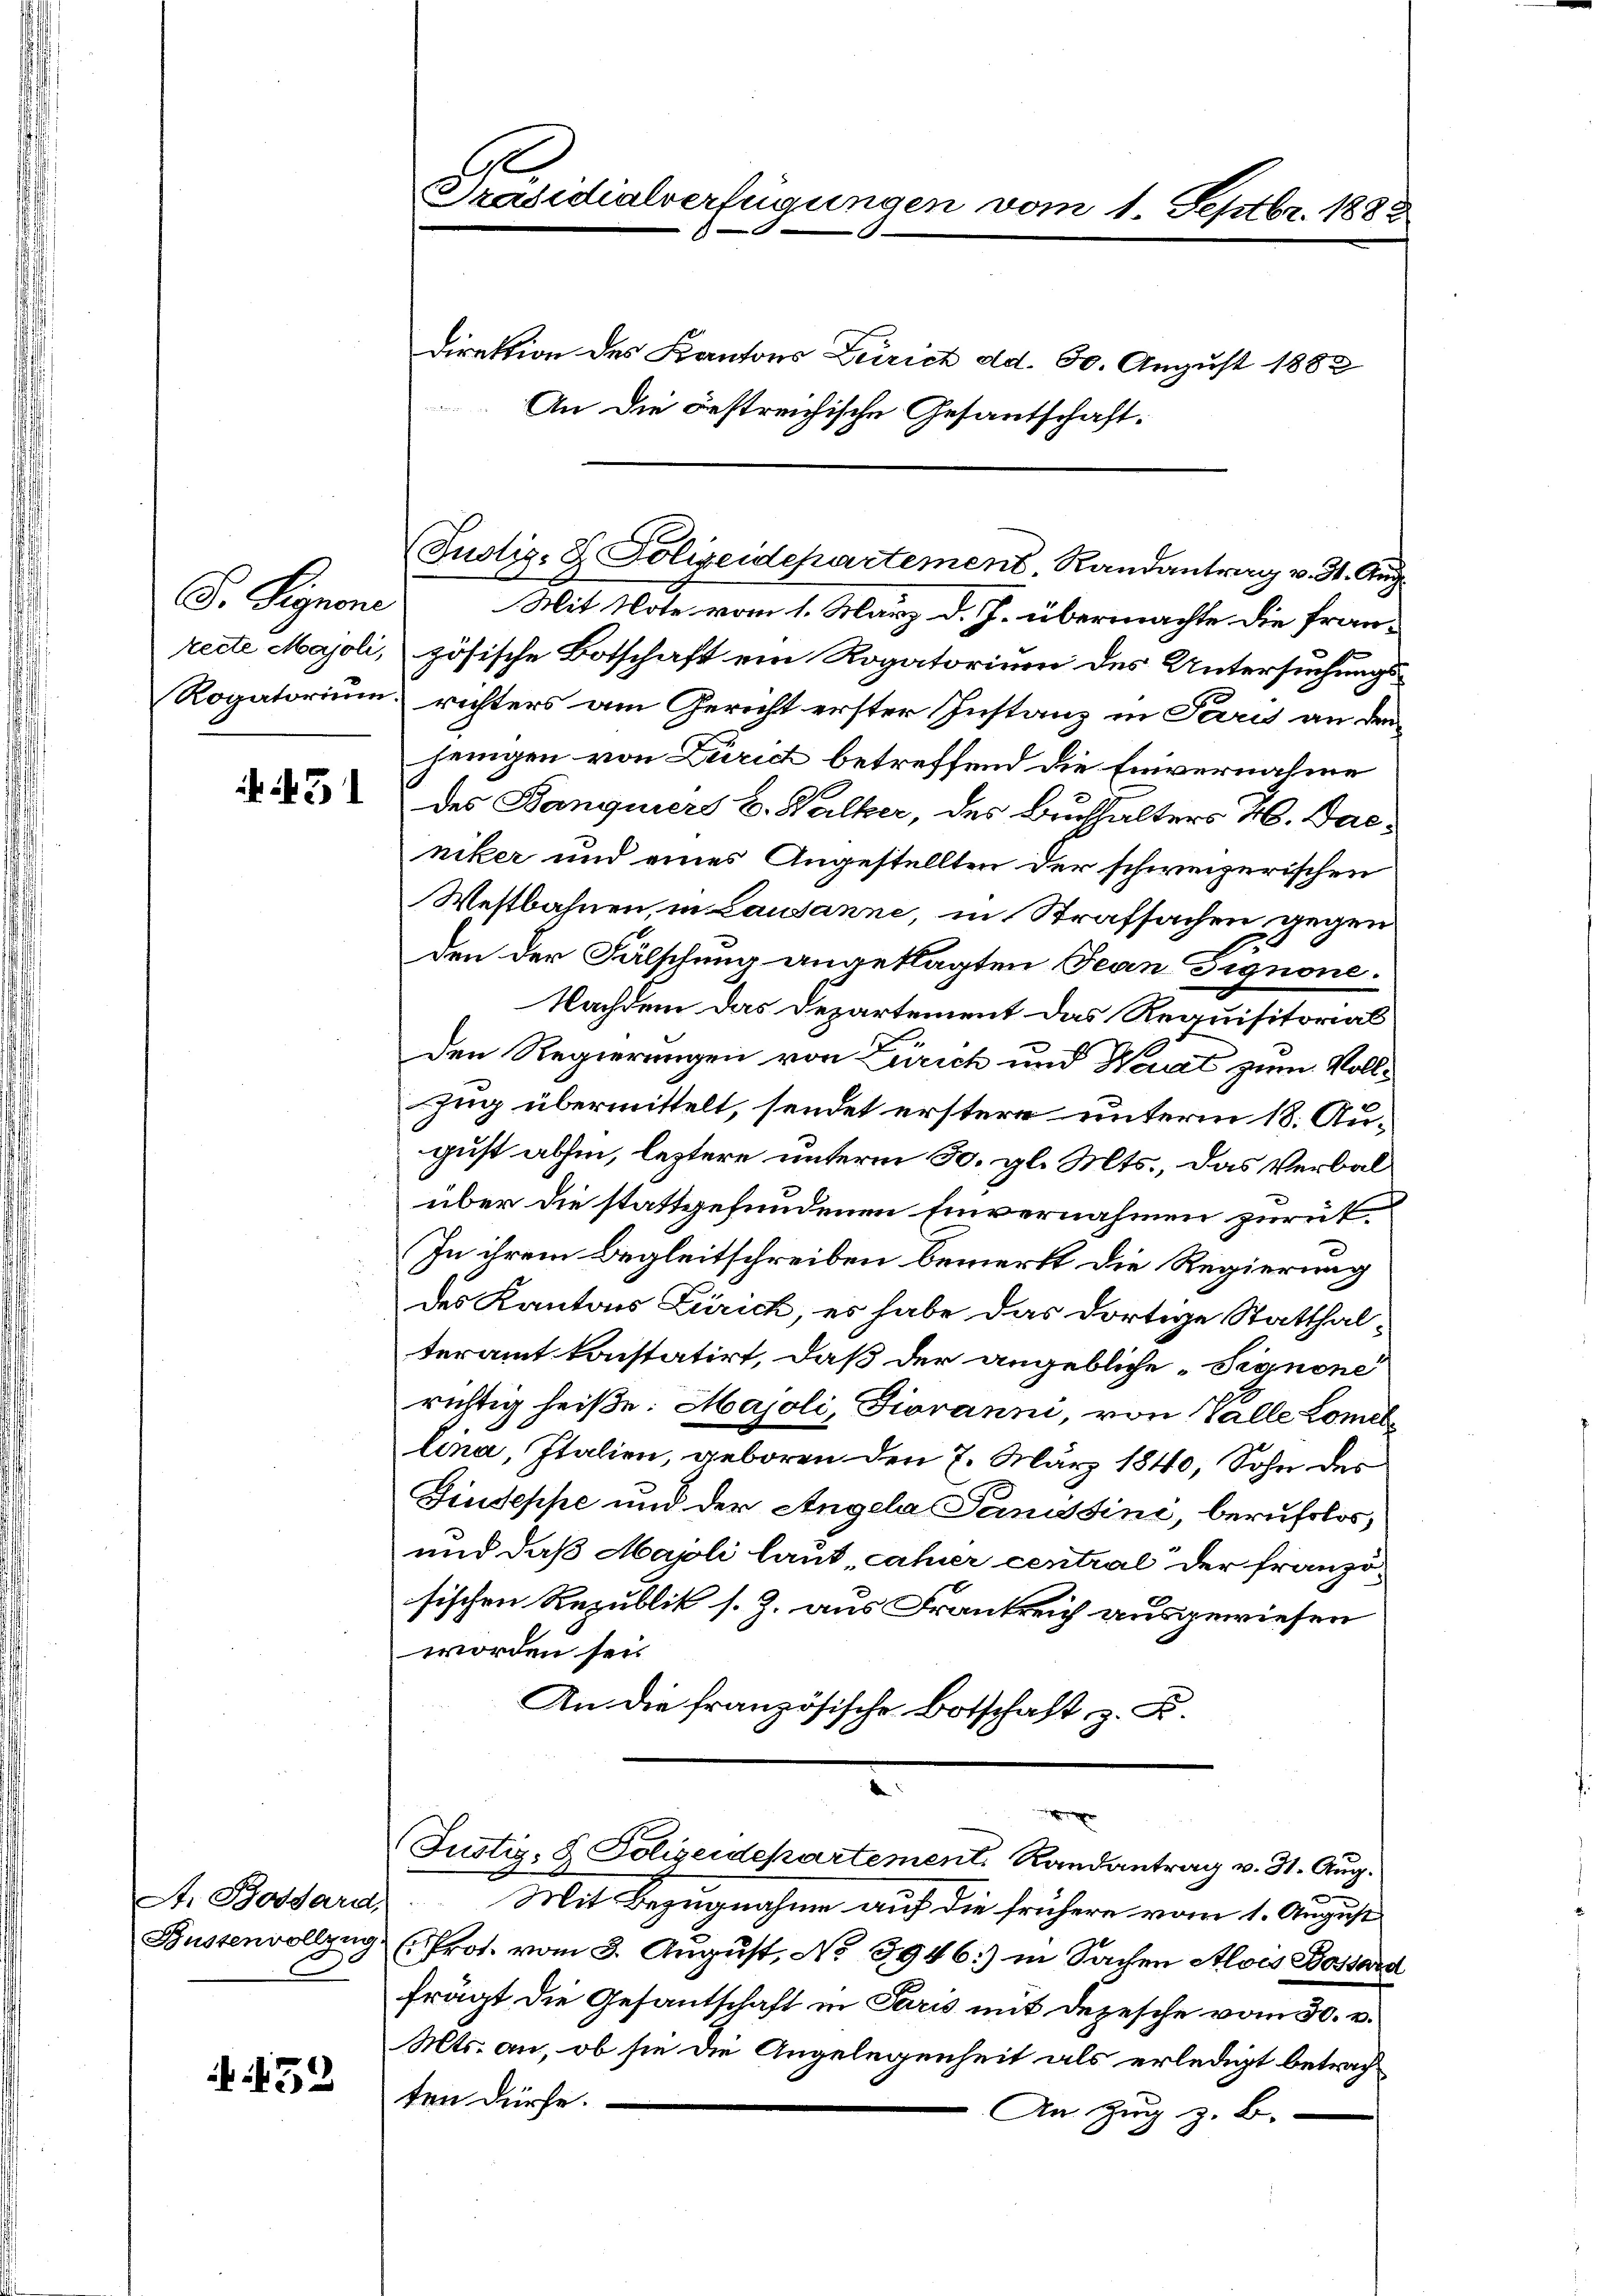
G. Signone

451

A. Bossard,
Büstenvollzug
.

452

Direktion des Kantons Zürich dd. 30. August 1883
Mit Note vom 1. März d. J. übermachte die fran¬
A
recte Majoli, zösische Botschaft ein Rogatorium des Untersuchungs¬
Rogatorium richters am Gericht erster Instanz in Paris an den
jenigen von Zürich betreffend die Einvernahme
des Banquiers E. Walker, des Buchhalters H. Bacniker und eines Angestellten der schweizerischen
Westbahnen, in Lausanne, in Strafsachen gegen
den der Fälschung angeklagten Jean Fignone.
Nachdem das Departement das Requisitorial
den Regierungen von Zürich und Wert zum Voll¬
Zug übermittelt, sendet erstere unterm 18. August abhin, leztere unterm 30. gl. Mts., das Verbalüber die stattgefundenen Einvernahmen zurük¬
In ihrem Begleitschreiben bemerkt die Regierung
des Kantons Zürich, es habe das dortige Statthalteramt konstatirt, daß der angebliche Signone
richtig heiße: Majoli, Giovanni, von Valle Lomellina, Italien, geboren den 7. März 1840, Sohn des
Giuseppe und der Angela Pensini, berufslos,
und daß Majoli laut, cahier central der französischen Republik s. Z. aus Frankreich ausgewiesen
worden sei.
An die französische Botschaft z. B.

Präsidialverfügungen vom 1. Septbr. 1888

An die bestreichische Gesantschaft:

Justiz- B. Polizeidepartement, Randantrag v. 31. Aug.

e
Justiz- & Polizeidepartement. Randantrag v. 31. Aug.

Mit Bezugnahme auf die frühere vom 1. August
PProt. vom 3. August, No 3946.) in Sachen Alois Bossard
frägt die Gesantschaft in Paris mit Depesche vom 30. v.
Mts. an, ob sie die Angelegenheit als erledigt betrachten dürfe.
An Zug z. B.